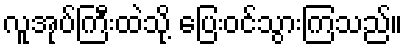
လူအုပ်ကြီးထဲသို့ ပြေးဝင်သွားကြသည်။